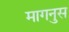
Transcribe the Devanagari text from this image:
मागनुस